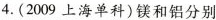
4.(2009上海单科)镁和铝分别